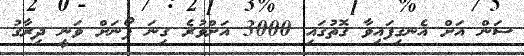
ސަން އަށް އެނގިފައިވާ ގޮތުގައި 3000 އަށްވުރެ ގިނަ ފޯނަށް ވަނީ ދިރާގު